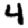
Digit: 4